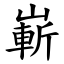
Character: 嶄